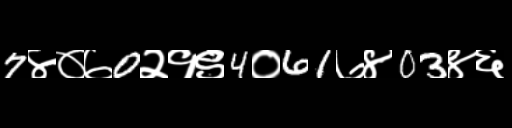
Text: 7४०७0२१९4०61७४03४६